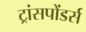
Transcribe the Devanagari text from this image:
ट्रांसपोंडर्स